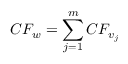
C F _ { w } = \sum _ { j = 1 } ^ { m } C F _ { v _ { j } }